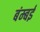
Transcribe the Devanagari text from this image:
बंम्बई